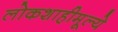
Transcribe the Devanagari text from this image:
लोकशाहीमूल्ये